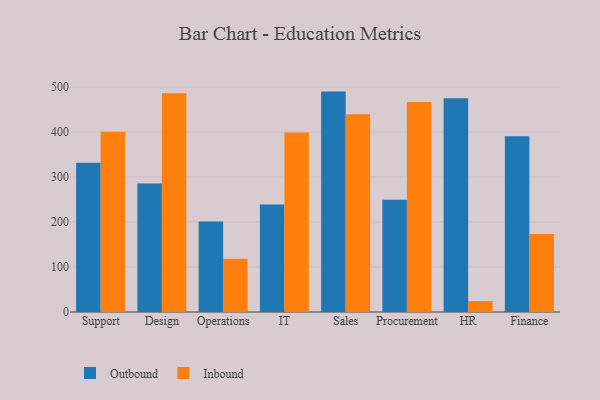
{"axis": {"x": "Department", "y": "Market Share (%)"}, "legend": ["Inbound", "Outbound"], "data": [{"x": "Support", "y": 331.6, "type": "Outbound"}, {"x": "Support", "y": 400.6, "type": "Inbound"}, {"x": "Design", "y": 285.5, "type": "Outbound"}, {"x": "Design", "y": 485.9, "type": "Inbound"}, {"x": "Operations", "y": 201.1, "type": "Outbound"}, {"x": "Operations", "y": 118.5, "type": "Inbound"}, {"x": "IT", "y": 239.0, "type": "Outbound"}, {"x": "IT", "y": 399.1, "type": "Inbound"}, {"x": "Sales", "y": 489.8, "type": "Outbound"}, {"x": "Sales", "y": 439.2, "type": "Inbound"}, {"x": "Procurement", "y": 249.2, "type": "Outbound"}, {"x": "Procurement", "y": 466.5, "type": "Inbound"}, {"x": "HR", "y": 475.0, "type": "Outbound"}, {"x": "HR", "y": 24.3, "type": "Inbound"}, {"x": "Finance", "y": 390.8, "type": "Outbound"}, {"x": "Finance", "y": 173.5, "type": "Inbound"}]}